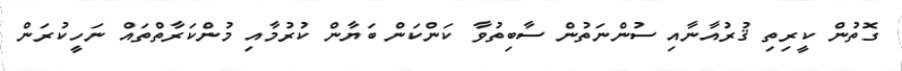
ގޮތުން ކީރިތި ޤުރުއާނާއި ސުންނަތުން ސާބިތުވާ ކަންކަން ބަޔާން ކުރުމާއި މުންކަރާތްތައް ނަހީކުރަން